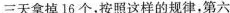
三天拿掉16个，按照这样的规律，第六